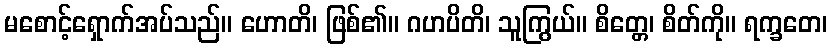
မစောင့်ရှောက်အပ်သည်။ ဟောတိ၊ ဖြစ်၏။ ဂဟပိတိ၊ သူကြွယ်။ စိတ္တေ၊ စိတ်ကို။ ရက္ခတေ၊